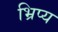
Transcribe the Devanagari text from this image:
भ्रिप्य